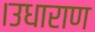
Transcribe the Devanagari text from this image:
।उधाराण